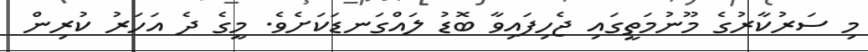
މި ސަރުކާރުގެ މޫނުމަތީގައި ޖެހިފައިވާ ބޮޑު ލައްގަނޑަކަށެވެ. މީގެ ދެ އަހަރު ކުރިން